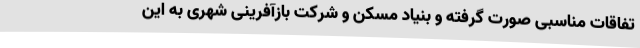
تفاقات مناسبی صورت گرفته و بنیاد مسکن و شرکت بازآفرینی شهری به این